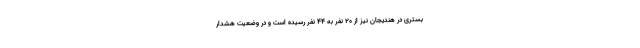
بستری در هندیجان نیز از ۲۰ نفر به ۴۴ نفر رسیده است و در وضعیت هشدار